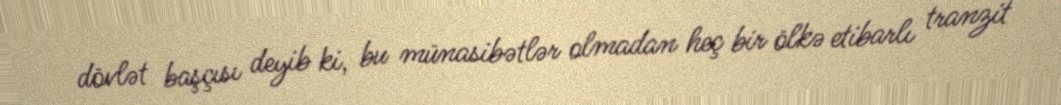
dövlət başçısı deyib ki, bu münasibətlər olmadan heç bir ölkə etibarlı tranzit